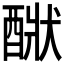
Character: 𨡧